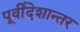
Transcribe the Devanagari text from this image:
पूर्वीदेशान्तर